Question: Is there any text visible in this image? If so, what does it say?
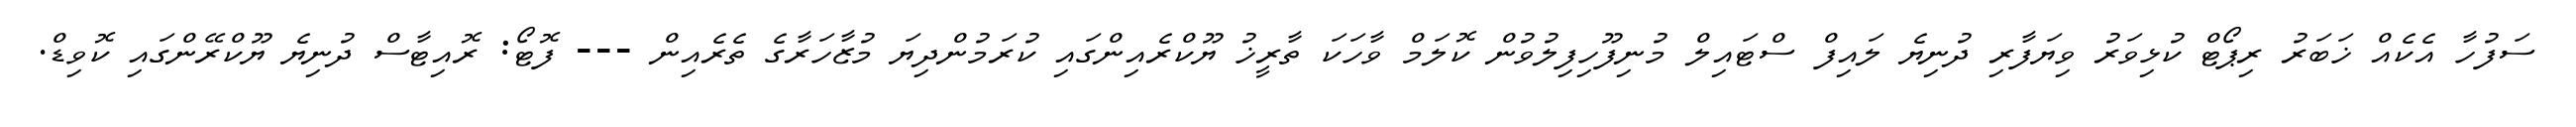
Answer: ސަފުހާ އެކެއް ޚަބަރު ރިޕޯޓް ކުޅިވަރު ވިޔަފާރި ދުނިޔެ ލައިފް ސްޓައިލް މުނިފޫހިފިލުވުން ކޮލަމް ވާހަކަ ތާރީޚު ޔޫކްރެއިންގައި ކުރަމުންދިޔަ މުޒާހަރާގެ ތެރެއިން --- ފޮޓޯ: ރޮއިޓާސް ދުނިޔެ ޔޫކްރޭންގައި ކޮވިޑް.